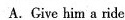
A.Give him a ride.